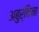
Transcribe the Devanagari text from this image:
अबुर्किना